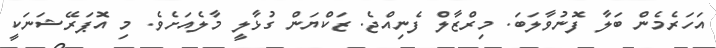
އަހަރެމެން ބަލާ ފޮނުވާލަބަ. މިރްޒާލް ފެނިއްޖެ. ޒަކްޔަން ގުޅާލީ މާލެއަށެވެ. މި އޮޕަރޭޝަނަކީ